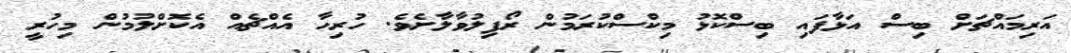
އަރިމައްޗަށް ބިސް އަޅާފައި ބިސްކޮޅު މިކްސްކުރަމުން ރޯފިލުވާލާށެވެ. ހުރިހާ އެއްޗެއް އެކޮށްލުމުން މިހުރީ